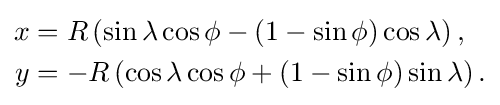
{\begin{aligned}x&=R\left(\sin \lambda \cos \phi -\left(1-\sin \phi \right)\cos \lambda \right),\\y&=-R\left(\cos \lambda \cos \phi +\left(1-\sin \phi \right)\sin \lambda \right).\end{aligned}}